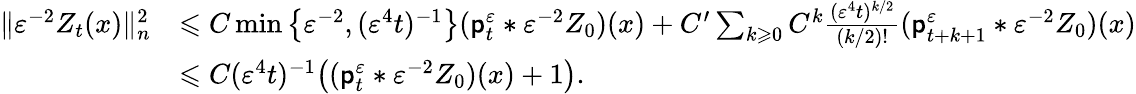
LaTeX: \begin{array}{rl}{\| \varepsilon^{-2}Z_{t}(x)\| _{n}^{2}}&{\leqslant C\operatorname*{min}\big\{ \varepsilon^{-2},(\varepsilon^{4}t)^{-1}\big\} (\mathsf{p}_{t}^{\varepsilon}\ast\varepsilon^{-2}Z_{0})(x)+C^{\prime}\sum_{k\geqslant 0}C^{k}\frac{(\varepsilon^{4}t)^{k/2}}{(k/2)!}(\mathsf{p}_{t+k+1}^{\varepsilon}\ast\varepsilon^{-2}Z_{0})(x)}\\ &{\leqslant C(\varepsilon^{4}t)^{-1}\big((\mathsf{p}_{t}^{\varepsilon}\ast\varepsilon^{-2}Z_{0})(x)+1\big).}\end{array}